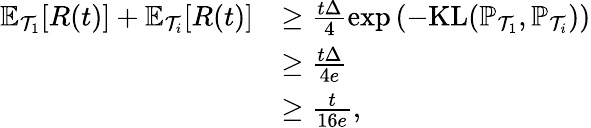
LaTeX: \begin{array}{rl}{\mathbb{E}_{\mathcal{T}_{1}}[R(t)]+\mathbb{E}_{\mathcal{T}_{i}}[R(t)]}&{\ge\frac{t\Delta}{4}\exp\left(-\mathrm{KL}(\mathbb{P}_{\mathcal{T}_{1}},\mathbb{P}_{\mathcal{T}_{i}})\right)}\\ &{\ge\frac{t\Delta}{4e}}\\ &{\ge\frac{t}{16e},}\end{array}